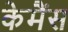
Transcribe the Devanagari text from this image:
केमैंस